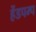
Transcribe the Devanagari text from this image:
हेंडपम्प